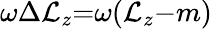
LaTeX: \omega\Delta{\cal L}_{z}{=}\omega({\cal L}_{z}{-}m)